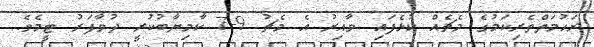
ރަހުމަތްތެރިކަމުގެ މެޗެއް ކުޅެފައި ވާއިރު އެ މެޗު 9-7 ކާމިޔާބުކުރީ ދުވާފަރު ޓީމެވެ.